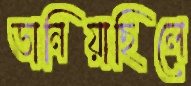
ভানিয়াছিলে